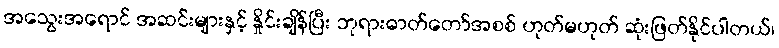
အသွေးအရောင် အဆင်းများနှင့် နှိုင်းချိန်ပြီး ဘုရားဓာတ်တော်အစစ် ဟုတ်မဟုတ် ဆုံးဖြတ်နိုင်ပါတယ်၊